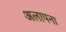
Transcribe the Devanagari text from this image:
अलापना